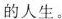
的人生。